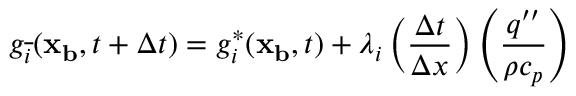
g _ { \overline { { i } } } ( \mathbf { x _ { b } } , t + \Delta t ) = g _ { i } ^ { * } ( \mathbf { x _ { b } } , t ) + \lambda _ { i } \left( \frac { \Delta t } { \Delta x } \right) \left( \frac { q ^ { \prime \prime } } { \rho c _ { p } } \right)